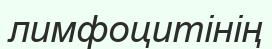
лимфоцитінің